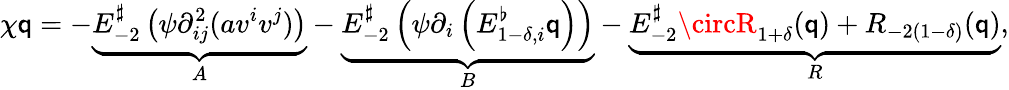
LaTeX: \chi\mathsf{q}=-\underbrace{{E_{-2}^{\sharp}\left(\psi\partial_{ij}^{2}(av^{i}v^{j})\right)}}_{A}-\underbrace{{E_{-2}^{\sharp}\left(\psi\partial_{i}\left(E_{1-\delta,i}^{\flat}\mathsf{q}\right)\right)}}_{B}-\underbrace{{E_{-2}^{\sharp}\circR_{1+\delta}(\mathsf{q})+R_{-2(1-\delta)}(\mathsf{q})}}_{R},